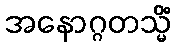
အနောဂ္ဂတသ္မိံ